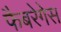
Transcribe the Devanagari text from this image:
फैबरेगेस